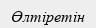
Өлтіретін